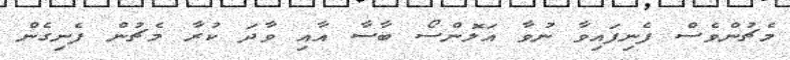
މެޗުންވެސް ފެނިފައިވާ ނުވާ އަލޮންސޯ ބާސާ އާއި ވާދަ ކުރާ މެޗުން ފެނިގެން